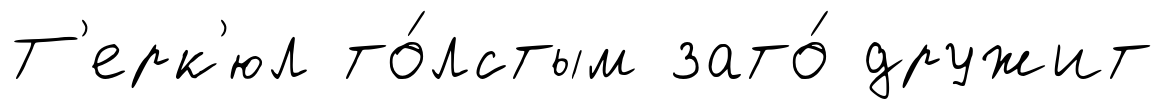
Т'ерк'юл то́лстым зато́ дружит